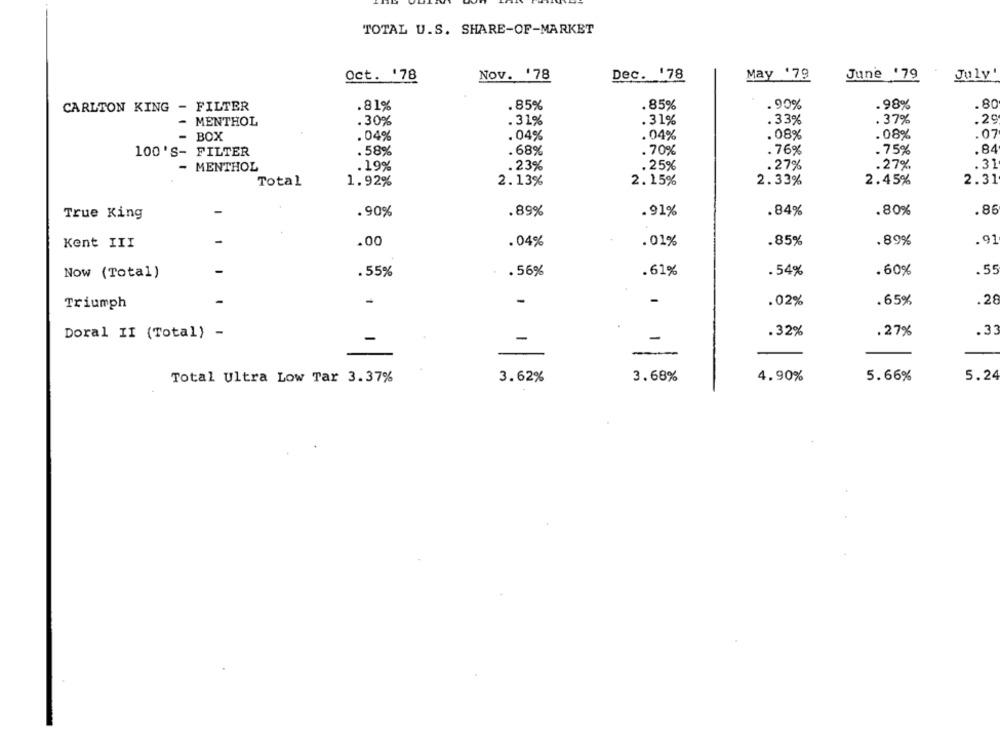
TOTAL U.S. SHARE-OF-MARKET
Oct. '78
Nov. '78
Dec. 178
May '79
June '79
July'
.85%
.85%
.90%
.98%
.80
CARLTON KING - FILTER
.81%
.31%
. 33%
. 37%
.29
- MENTHOL
.30%
.31%
. 04%
04%
.08%
.08%
.07
- BOX
.04%
. 58%
.68%
70%
. 76%
84
100'S- FILTER
.75%
23%
.25%
.27%
.27%
.31
- MENTHOL
.19%
2.13%
2.33%
2.45%
2.31
Total
1.92%
2.15%
.80%
.86
True King
.90%
.89%
.91%
.84%
-
.85%
.89%
. 91
Kent III
.00
.04%
.01%
-
.61%
.60%
.55
Now (Total)
.55%
.56%
.54%
-
-
-
-
Triumph
.02%
.65%
.28
.3:
Doral II (Total) -
-
-
.32%
.27%
-
5.24
Total Ultra Low Tar 3.37%
3.62%
3.68%
4.90%
5.66%